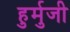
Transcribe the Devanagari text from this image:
हुर्मुजी